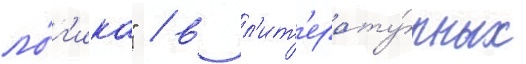
ло́г'ика" / в л'ит'ерату́рных